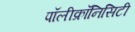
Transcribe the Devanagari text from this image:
पॉलीक्रॉनिसिटी